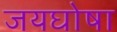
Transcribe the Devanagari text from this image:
जयघोषा